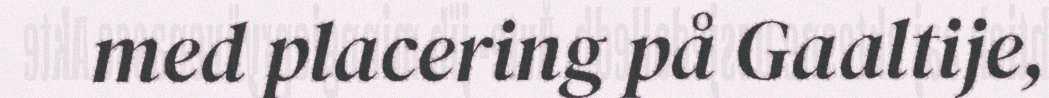
med placering på Gaaltije,